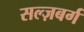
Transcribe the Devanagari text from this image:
सल्ज़बर्ग